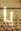
يا